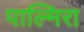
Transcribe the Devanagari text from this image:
पाल्मिरा